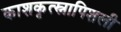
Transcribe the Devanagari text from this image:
काशकृत्स्नापिशली